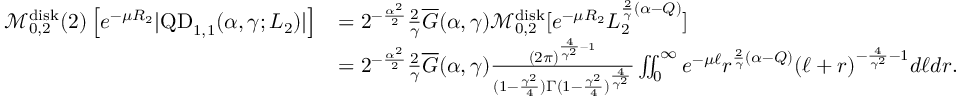
\begin{array} { r l } { \mathcal M _ { 0 , 2 } ^ { \mathrm { d i s k } } ( 2 ) \left[ e ^ { - \mu R _ { 2 } } | \mathrm { Q D } _ { 1 , 1 } ( \alpha , \gamma ; L _ { 2 } ) | \right] } & { = 2 ^ { - \frac { \alpha ^ { 2 } } { 2 } } \frac { 2 } { \gamma } \overline { G } ( \alpha , \gamma ) \mathcal M _ { 0 , 2 } ^ { \mathrm { d i s k } } [ e ^ { - \mu R _ { 2 } } L _ { 2 } ^ { \frac { 2 } { \gamma } ( \alpha - Q ) } ] } \\ & { = 2 ^ { - \frac { \alpha ^ { 2 } } { 2 } } \frac { 2 } { \gamma } \overline { G } ( \alpha , \gamma ) \frac { ( 2 \pi ) ^ { \frac { 4 } { \gamma ^ { 2 } } - 1 } } { ( 1 - \frac { \gamma ^ { 2 } } { 4 } ) \Gamma ( 1 - \frac { \gamma ^ { 2 } } { 4 } ) ^ { \frac { 4 } { \gamma ^ { 2 } } } } \iint _ { 0 } ^ { \infty } e ^ { - \mu \ell } r ^ { \frac { 2 } { \gamma } ( \alpha - Q ) } ( \ell + r ) ^ { - \frac { 4 } { \gamma ^ { 2 } } - 1 } d \ell d r . } \end{array}